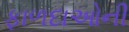
ફાળદાઓની